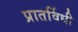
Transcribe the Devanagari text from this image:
प्रातर्विधी